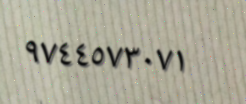
٩٧٤٤٥٧٣٠٧١